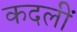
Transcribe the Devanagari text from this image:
कदलीं